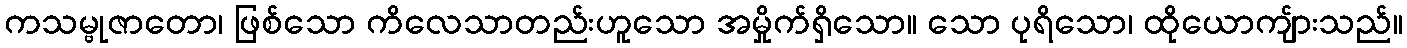
ကသမ္ဗုဇာတော၊ ဖြစ်သော ကိလေသာတည်းဟူသော အမှိုက်ရှိသော။ သော ပုရိသော၊ ထိုယောကျ်ားသည်။